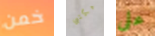
خمن مكتبي على